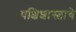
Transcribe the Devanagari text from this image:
पक्षिशास्त्राचे